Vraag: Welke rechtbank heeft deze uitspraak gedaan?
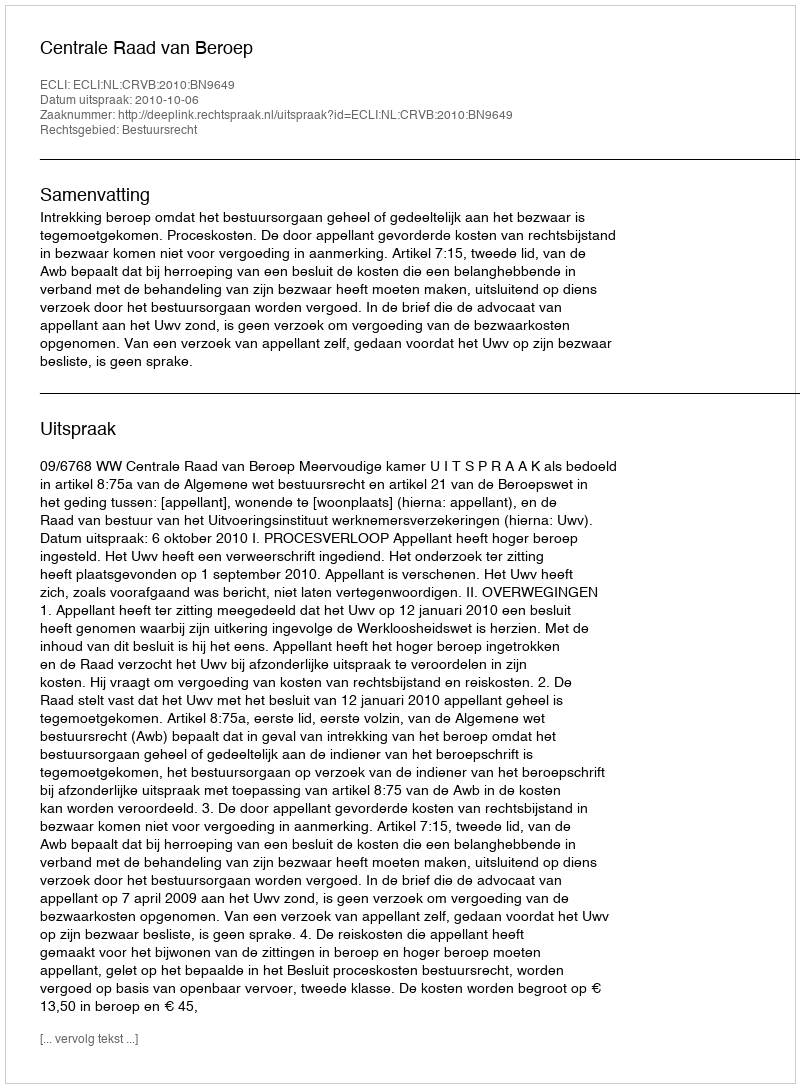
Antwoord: Centrale Raad van Beroep